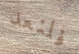
فلنعد